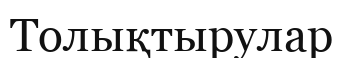
Толықтырулар